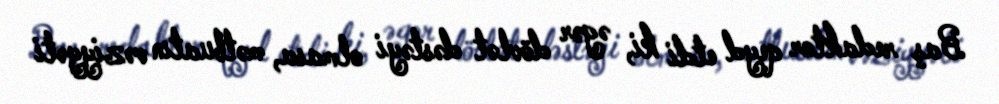
Baş redaktor qeyd etdi ki, əgər dövlət dəstəyi olmasa, mətbuatın vəziyyəti